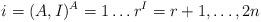
LaTeX: \begin{align*}i = (A,I) \sp A = 1 \ldots r \sp I = r+1 , \ldots , 2n\end{align*}